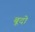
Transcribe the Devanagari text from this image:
बूदो